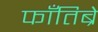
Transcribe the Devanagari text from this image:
फाँतिब्रे